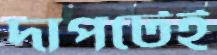
দাপটেই